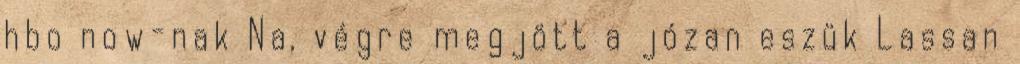
hbo now-nak Na, végre megjött a józan eszük Lassan